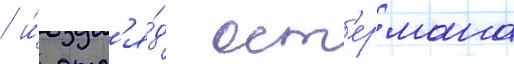
/ и́ отр'я́д ост'ермана